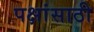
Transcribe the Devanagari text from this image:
पक्षांसाठी